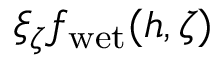
\xi _ { \zeta } f _ { \mathrm { w e t } } ( h , \zeta )